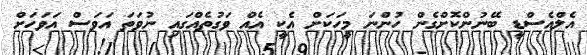
އެލްއެސްޑީ ބޭނުންކޮށްގެން ހުންނަ މީހަކަށް އެކީ އެއް ވަގުތެއްގައި ނުވަތަ އަވަސް އަވަހަށް